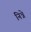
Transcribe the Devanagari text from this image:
निन्ने